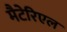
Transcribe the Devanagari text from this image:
मैटेरिएल